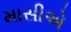
માસીએ